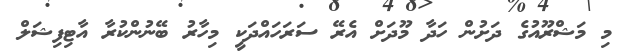
މި މަޝްރޫއުގެ ދަށުން ހަދާ މޫދަށް އެރޭ ސަރަހައްދަކީ މިހާރު ބޭނުންކުރާ އާޓިފިޝަލް